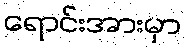
ရောင်းအားမှာ